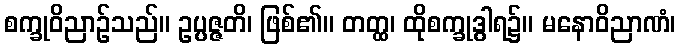
စက္ခုဝိညာဉ်သည်။ ဥပ္ပဇ္ဇတိ၊ ဖြစ်၏။ တတ္ထ၊ ထိုစက္ခုဒွါရ၌။ မနောဝိညာဏံ၊